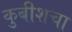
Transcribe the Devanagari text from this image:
कुबीशचा